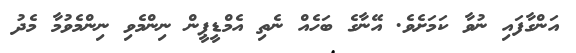
އަންގާފައި ނުވާ ކަމަށެވެ. އޭނާގެ ބަހެއް ނެތި އެމްޑީޕީން ނިންމެވި ނިންމެވުމާ މެދު